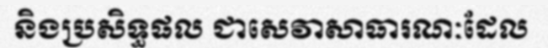
និងប្រសិទ្ធផល ជាសេវាសាធារណៈដែល